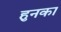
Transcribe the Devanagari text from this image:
हुनका